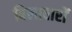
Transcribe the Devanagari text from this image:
बिलावारों